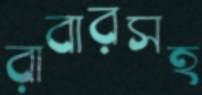
রাবারসহ